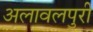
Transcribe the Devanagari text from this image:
अलावलपुरी